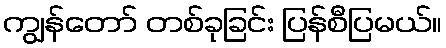
ကျွန်တော် တစ်ခုခြင်း ပြန်စီပြမယ်။